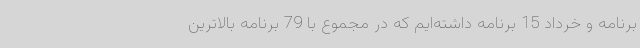
برنامه و خرداد 15 برنامه داشته‌ایم که در مجموع با 79 برنامه بالاترین